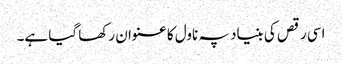
اسی رقص کی بنیاد پہ ناول کا عنوان رکھا گیا ہے۔